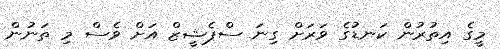
މީގެ އިތުރުން ކަނޑުގެ ވަރަށް ގިނަ ސްޕެޝީޒް އަށް ވެސް މި ތަނުން